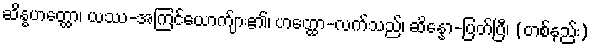
ဆိန္နဟတ္ထော၊ ယဿ-အကြင်ယောက်ျား၏၊ ဟတ္ထော-လက်သည်၊ ဆိန္နော-ပြတ်ပြီ၊ (တစ်နည်း)